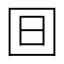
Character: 𣅍